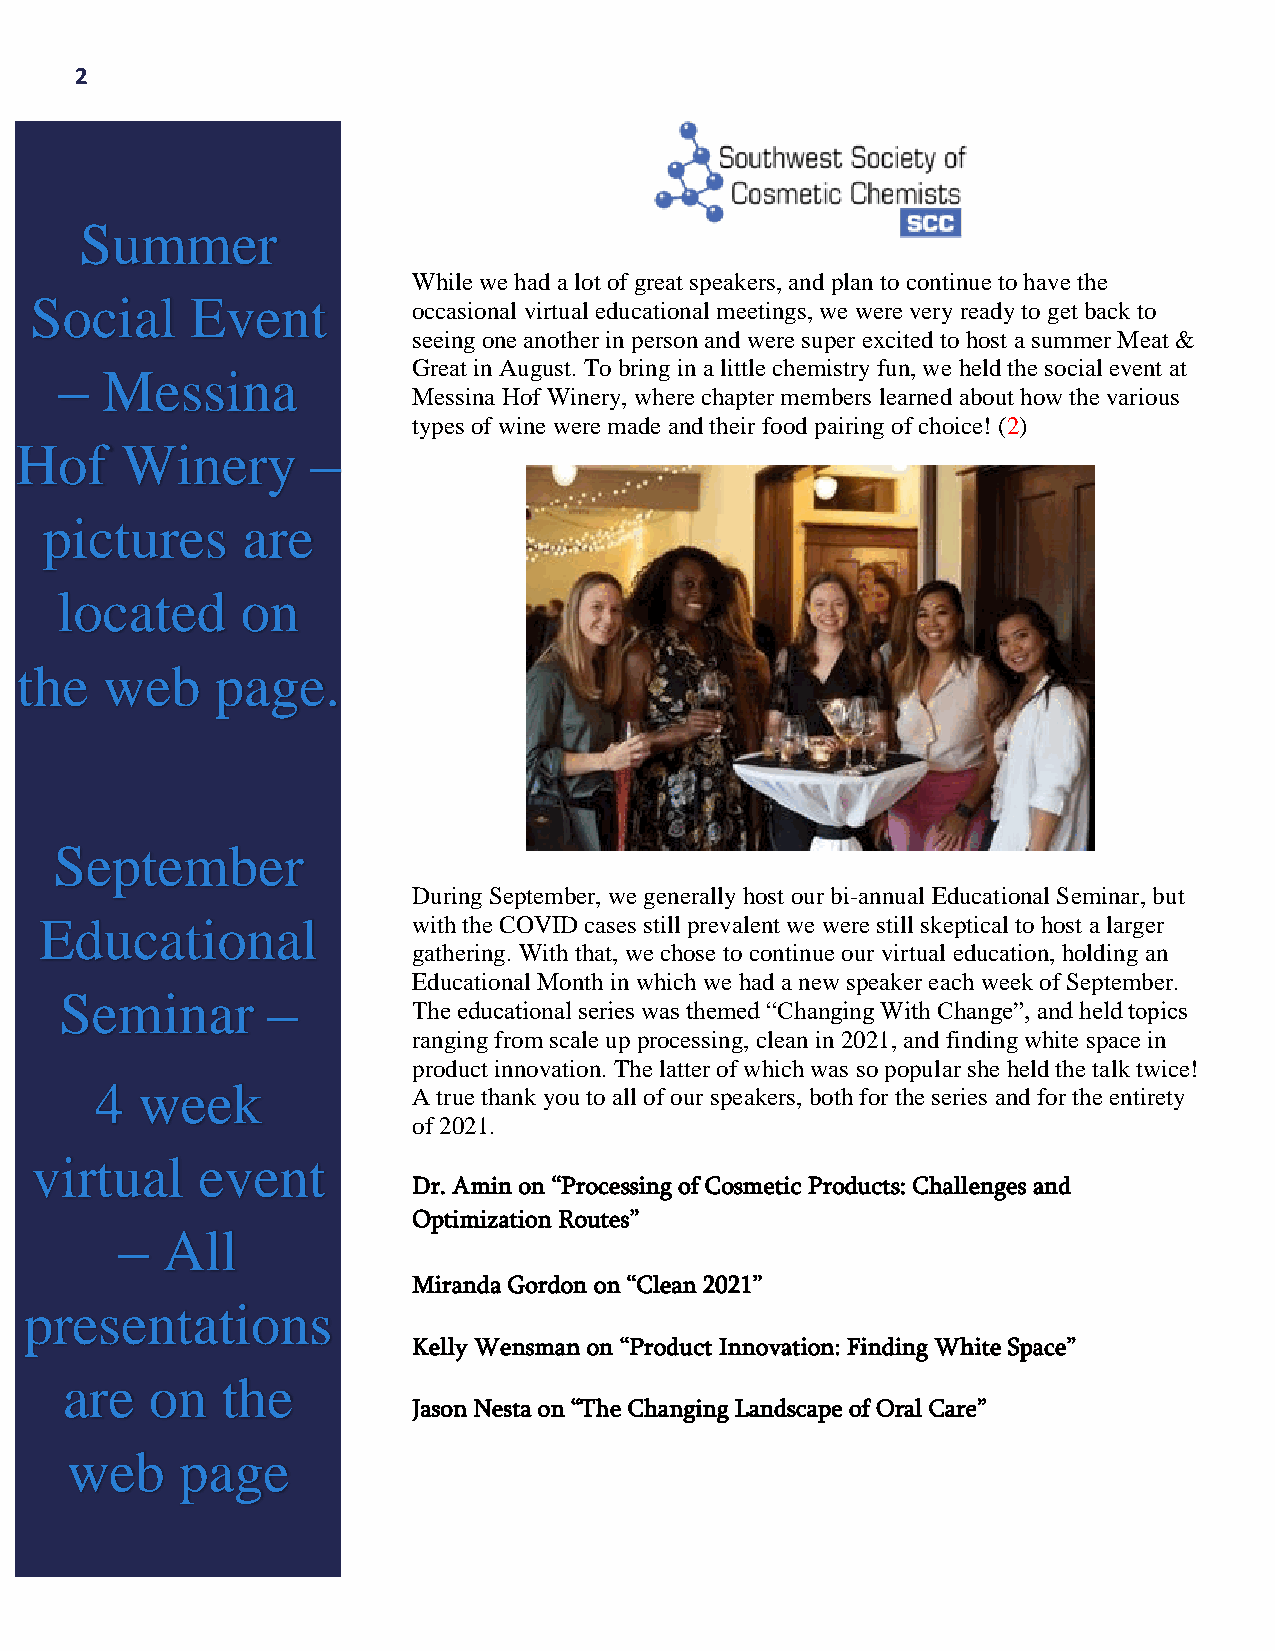
2
 Summer
 While we had a lot of great speakers, and plan to continue to have the
 Social     Event
 occasional virtual educational meetings, we were very ready to get back to
 seeing one another in person and were super excited to host a summer Meat &
 Great in August. To bring in a little chemistry fun, we held the social event at
 –  Messina
 Messina Hof Winery, where chapter members learned about how the various
 types of wine were made and their food pairing of choice! (2)
 Hof    Winery       –
 pictures     are
 located     on
 the   web    page.
 September
 During September, we generally host our bi-annual Educational Seminar, but
 Educational             with the COVID cases still prevalent we were still skeptical to host a larger
 gathering. With that, we chose to continue our virtual education, holding an
 Educational Month in which we had a new speaker each week of September.
 Seminar       –
 The educational series was themed “Changing With Change”, and held topics
 ranging from scale up processing, clean in 2021, and finding white space in
 product innovation. The latter of which was so popular she held the talk twice!
 4  week
 A true thank you to all of our speakers, both for the series and for the entirety
 of 2021.
 virtual    event
 Dr. Amin on “Processing of Cosmetic Products: Challenges and
 Optimization Routes”
 –  All
 Miranda Gordon on “Clean 2021”
 presentations
 Kelly Wensman on “Product Innovation: Finding White Space”
 are   on   the
 Jason Nesta on “The Changing Landscape of Oral Care”
 web     page